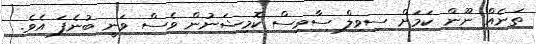
ތަނެއް ނޫން ކަމަށް ސިވިލް ސާވިސް ކޮމިޝަނުން ވެސް ވަނީ ބުނެފަ އެވެ.